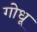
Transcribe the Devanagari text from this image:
गोधू